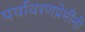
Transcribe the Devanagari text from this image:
पर्यावरणप्रेमींनी